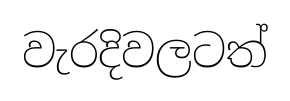
වැරදිවලටත්